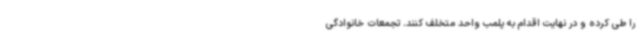
را طی کرده و در نهایت اقدام به پلمب واحد متخلف کنند. تجمعات خانوادگی